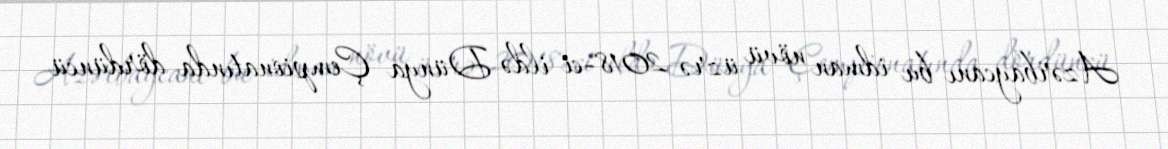
Azərbaycanı bu idman növü üzrə 2018-ci ildə Dünya Çempionatında dördüncü